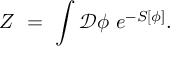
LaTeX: Z \ = \ \int \mathcal { D } \phi \ e ^ { - S [ \phi ] } .